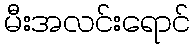
မီးအလင်းရောင်